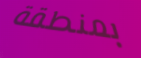
بمنطقة